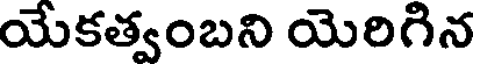
యేకత్వంబని యెరిగిన